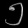
Digit: ၅